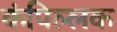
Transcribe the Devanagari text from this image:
कंपिल्लक